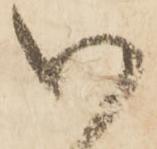
い